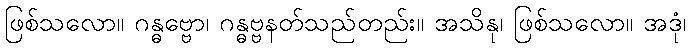
ဖြစ်သလော။ ဂန္ဓဗ္ဗော၊ ဂန္ဓဗ္ဗနတ်သည်တည်း။ အသိနု၊ ဖြစ်သလော။ အဒုံ၊